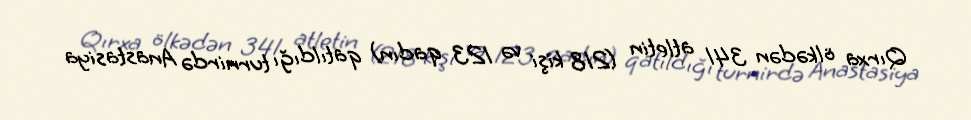
Qırxa ölkədən 341 atletin (218 kişi və 123 qadın) qatıldığı turnirdə Anastasiya